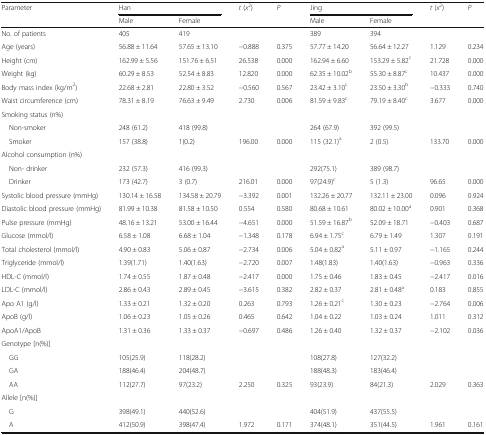
<table><thead><tr><td rowspan="2"><b>Parameter</b></td><td colspan="2"><b>Han</b></td><td rowspan="2"><b><i>t</i> (<i>x</i><sup>2</sup>)</b></td><td rowspan="2"><b><i>P</i></b></td><td colspan="2"><b>Jing</b></td><td rowspan="2"><b><i>t</i> (<i>x</i><sup>2</sup>)</b></td><td rowspan="2"><b><i>P</i></b></td></tr><tr><td><b>Male</b></td><td><b>Female</b></td><td><b>Male</b></td><td><b>Female</b></td></tr></thead><tbody><tr><td>No. of patients</td><td>405</td><td>419</td><td></td><td></td><td>389</td><td>394</td><td></td><td></td></tr><tr><td>Age (years)</td><td>56.88 ± 11.64</td><td>57.65 ± 13.10</td><td>−0.888</td><td>0.375</td><td>57.77 ± 14.20</td><td>56.64 ± 12.27</td><td>1.129</td><td>0.234</td></tr><tr><td>Height (cm)</td><td>162.99 ± 5.56</td><td>151.76 ± 6.51</td><td>26.538</td><td>0.000</td><td>162.94 ± 6.60</td><td>153.29 ± 5.82<sup>c</sup></td><td>21.728</td><td>0.000</td></tr><tr><td>Weight (kg)</td><td>60.29 ± 8.53</td><td>52.54 ± 8.83</td><td>12.820</td><td>0.000</td><td>62.35 ± 10.02<sup>b</sup></td><td>55.30 ± 8.87<sup>c</sup></td><td>10.437</td><td>0.000</td></tr><tr><td>Body mass index (kg/m<sup>2</sup>)</td><td>22.68 ± 2.81</td><td>22.80 ± 3.52</td><td>−0.560</td><td>0.567</td><td>23.42 ± 3.10<sup>c</sup></td><td>23.50 ± 3.30<sup>b</sup></td><td>−0.333</td><td>0.740</td></tr><tr><td>Waist circumference (cm)</td><td>78.31 ± 8.19</td><td>76.63 ± 9.49</td><td>2.730</td><td>0.006</td><td>81.59 ± 9.83<sup>c</sup></td><td>79.19 ± 8.40<sup>c</sup></td><td>3.677</td><td>0.000</td></tr><tr><td colspan="9">Smoking status (n%)</td></tr><tr><td> Non-smoker</td><td>248 (61.2)</td><td>418 (99.8)</td><td></td><td></td><td>264 (67.9)</td><td>392 (99.5)</td><td></td><td></td></tr><tr><td> Smoker</td><td>157 (38.8)</td><td>1(0.2)</td><td>196.00</td><td>0.000</td><td>115 (32.1)<sup>a</sup></td><td>2 (0.5)</td><td>133.70</td><td>0.000</td></tr><tr><td colspan="9">Alcohol consumption (n%)</td></tr><tr><td> Non- drinker</td><td>232 (57.3)</td><td>416 (99.3)</td><td></td><td></td><td>292(75.1)</td><td>389 (98.7)</td><td></td><td></td></tr><tr><td> Drinker</td><td>173 (42.7)</td><td>3 (0.7)</td><td>216.01</td><td>0.000</td><td>97(24.9)<sup>c</sup></td><td>5 (1.3)</td><td>96.65</td><td>0.000</td></tr><tr><td>Systolic blood pressure (mmHg)</td><td>130.14 ± 16.58</td><td>134.58 ± 20.79</td><td>−3.392</td><td>0.001</td><td>132.26 ± 20.77</td><td>132.11 ± 23.00</td><td>0.096</td><td>0.924</td></tr><tr><td>Diastolic blood pressure (mmHg)</td><td>81.99 ± 10.38</td><td>81.58 ± 10.50</td><td>0.554</td><td>0.580</td><td>80.68 ± 10.61</td><td>80.02 ± 10.00<sup>a</sup></td><td>0.901</td><td>0.368</td></tr><tr><td>Pulse pressure (mmHg)</td><td>48.16 ± 13.21</td><td>53.00 ± 16.44</td><td>−4.651</td><td>0.000</td><td>51.59 ± 16.87<sup>b</sup></td><td>52.09 ± 18.71</td><td>−0.403</td><td>0.687</td></tr><tr><td>Glucose (mmol/l)</td><td>6.58 ± 1.08</td><td>6.68 ± 1.04</td><td>−1.348</td><td>0.178</td><td>6.94 ± 1.75<sup>c</sup></td><td>6.79 ± 1.49</td><td>1.307</td><td>0.191</td></tr><tr><td>Total cholesterol (mmol/l)</td><td>4.90 ± 0.83</td><td>5.06 ± 0.87</td><td>−2.734</td><td>0.006</td><td>5.04 ± 0.82<sup>a</sup></td><td>5.11 ± 0.97</td><td>−1.165</td><td>0.244</td></tr><tr><td>Triglyceride (mmol/l)</td><td>1.39(1.71)</td><td>1.40(1.63)</td><td>−2.720</td><td>0.007</td><td>1.48(1.83)</td><td>1.40(1.63)</td><td>−0.963</td><td>0.336</td></tr><tr><td>HDL-C (mmol/l)</td><td>1.74 ± 0.55</td><td>1.87 ± 0.48</td><td>−2.417</td><td>0.000</td><td>1.75 ± 0.46</td><td>1.83 ± 0.45</td><td>−2.417</td><td>0.016</td></tr><tr><td>LDL-C (mmol/l)</td><td>2.86 ± 0.43</td><td>2.89 ± 0.45</td><td>−3.615</td><td>0.382</td><td>2.82 ± 0.37</td><td>2.81 ± 0.48<sup>a</sup></td><td>0.183</td><td>0.855</td></tr><tr><td>Apo A1 (g/l)</td><td>1.33 ± 0.21</td><td>1.32 ± 0.20</td><td>0.263</td><td>0.793</td><td>1.26 ± 0.21<sup>c</sup></td><td>1.30 ± 0.23</td><td>−2.764</td><td>0.006</td></tr><tr><td>ApoB (g/l)</td><td>1.06 ± 0.23</td><td>1.05 ± 0.26</td><td>0.465</td><td>0.642</td><td>1.04 ± 0.22</td><td>1.03 ± 0.24</td><td>1.011</td><td>0.312</td></tr><tr><td>ApoA1/ApoB</td><td>1.31 ± 0.36</td><td>1.33 ± 0.37</td><td>−0.697</td><td>0.486</td><td>1.26 ± 0.40</td><td>1.32 ± 0.37</td><td>−2.102</td><td>0.036</td></tr><tr><td colspan="9">Genotype [n(%)]</td></tr><tr><td> GG</td><td>105(25.9)</td><td>118(28.2)</td><td></td><td></td><td>108(27.8)</td><td>127(32.2)</td><td></td><td></td></tr><tr><td> GA</td><td>188(46.4)</td><td>204(48.7)</td><td></td><td></td><td>188(48.3)</td><td>183(46.4)</td><td></td><td></td></tr><tr><td> AA</td><td>112(27.7)</td><td>97(23.2)</td><td>2.250</td><td>0.325</td><td>93(23.9)</td><td>84(21.3)</td><td>2.029</td><td>0.363</td></tr><tr><td colspan="9">Allele [n(%)]</td></tr><tr><td> G</td><td>398(49.1)</td><td>440(52.6)</td><td></td><td></td><td>404(51.9)</td><td>437(55.5)</td><td></td><td></td></tr><tr><td> A</td><td>412(50.9)</td><td>398(47.4)</td><td>1.972</td><td>0.171</td><td>374(48.1)</td><td>351(44.5)</td><td>1.961</td><td>0.161</td></tr></tbody></table>